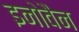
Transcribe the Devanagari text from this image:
इनोवैन